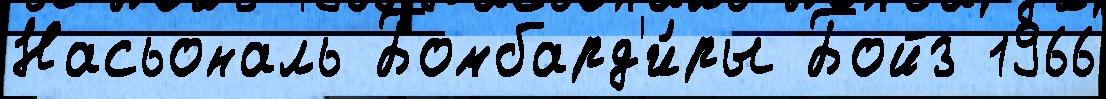
Насьональ Бомбард'и́ры Бойз 1966